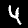
Digit: 4